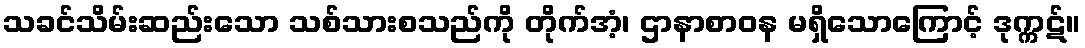
သခင်သိမ်းဆည်းသော သစ်သားစသည်ကို တိုက်အံ့၊ ဌာနာစာဝန မရှိသောကြောင့် ဒုက္ကဋ်။